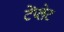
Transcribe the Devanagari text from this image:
टेंप्लेट